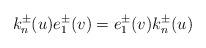
LaTeX: \begin{align*}k_{n}^{\pm}(u)e_{1}^{\pm}(v)=e_{1}^{\pm}(v)k_{n}^{\pm}(u)\end{align*}